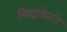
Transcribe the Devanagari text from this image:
विद्यावेतने